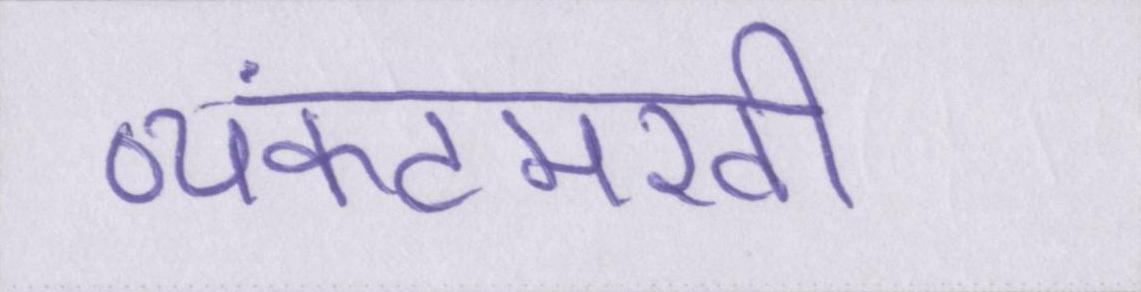
व्यंकटमखी